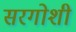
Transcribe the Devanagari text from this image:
सरगोशी